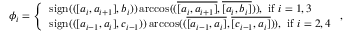
\phi _ { i } = \left\{ \begin{array} { l l } { \mathrm { s i g n } ( ( [ a _ { i } , a _ { i + 1 } ] , b _ { i } ) ) \operatorname { a r c c o s } ( ( \overline { { [ a _ { i } , a _ { i + 1 } ] } } , \overline { { [ a _ { i } , b _ { i } ] } } ) ) , \mathrm { ~ i f ~ } i = 1 , 3 } \\ { \mathrm { s i g n } ( ( [ a _ { i - 1 } , a _ { i } ] , c _ { i - 1 } ) ) \operatorname { a r c c o s } ( ( \overline { { [ a _ { i - 1 } , a _ { i } ] } } , \overline { { [ c _ { i - 1 } , a _ { i } ] } } ) ) , \mathrm { ~ i f ~ } i = 2 , 4 } \end{array} \right. ,